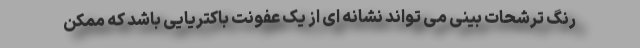
رنگ ترشحات بینی می تواند نشانه ای از یک عفونت باکتریایی باشد که ممکن